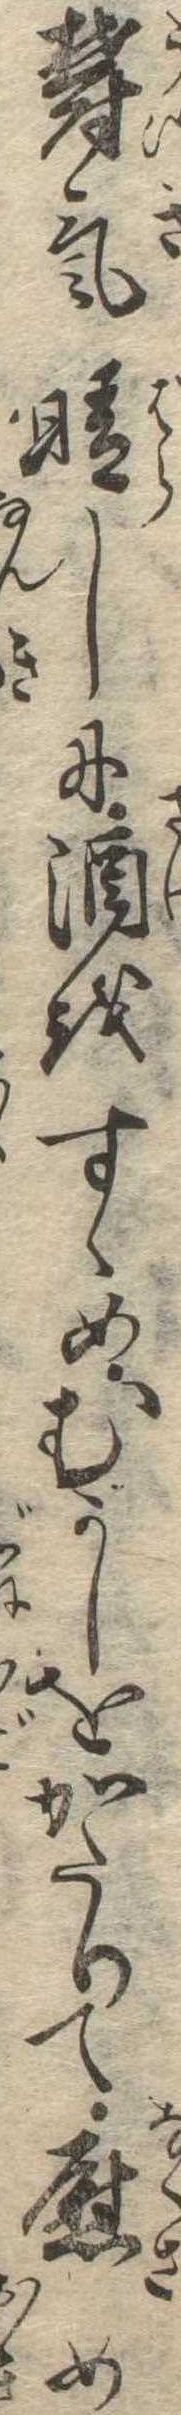
欝気晴しに酒をすゝめむかしをかたりて慰め